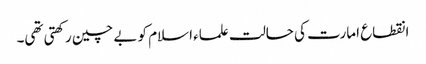
انقطاع امارت کی حالت علماء اسلام کو بے چین رکھتی تھی۔